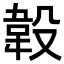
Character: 𣪡